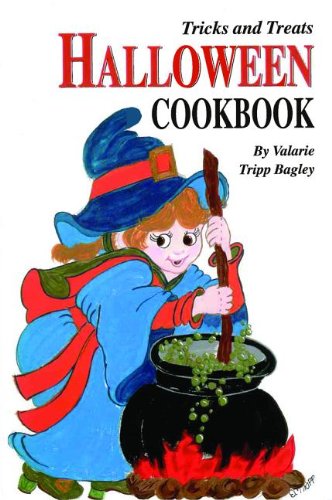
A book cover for Tricks and Treats Halloween Cookbook (Olde New England's); Valerie Bagley; Cookbooks, Food & Wine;